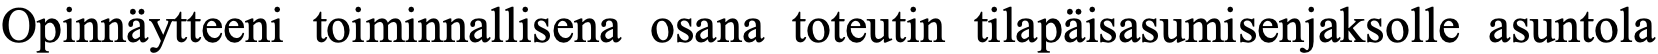
Opinnäytteeni toiminnallisena osana toteutin tilapäisasumisenjaksolle asuntola